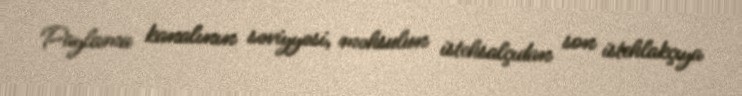
Paylama kanalının səviyyəsi, məhsulun istehsalçıdan son istehlakçıya